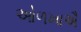
ઓળખાઐ